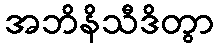
အဘိနိသီဒိတွာ